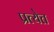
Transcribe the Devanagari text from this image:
प्रत्येत